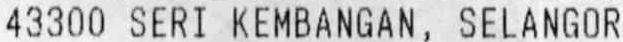
43300 SERI KEMBANGAN, SELANGOR